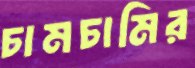
চামচামির